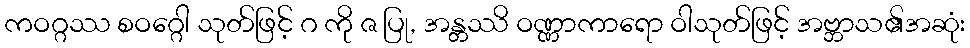
ကဝဂ္ဂဿ စဝဂ္ဂေါ သုတ်ဖြင့် ဂ ကို ဇ ပြု, အန္တဿိ ဝဏ္ဏာကာရော ဝါသုတ်ဖြင့် အဗ္ဘာသ၏အဆုံး